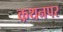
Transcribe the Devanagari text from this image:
कथनपर